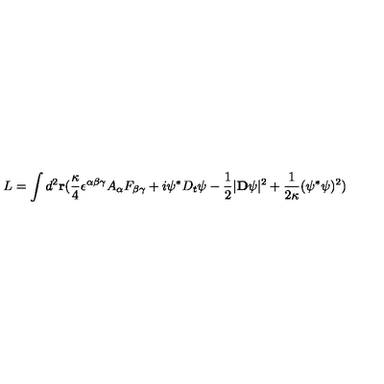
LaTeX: L = \int d ^ { 2 } { \bf r } ( { \frac { \kappa } { 4 } } \epsilon ^ { \alpha \beta \gamma } A _ { \alpha } F _ { \beta \gamma } + i \psi ^ { \ast } D _ { t } \psi - { \frac { 1 } { 2 } } | { \bf D } \psi | ^ { 2 } + { \frac { 1 } { 2 \kappa } } ( \psi ^ { \ast } \psi ) ^ { 2 } )